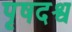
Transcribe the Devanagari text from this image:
पृषदश्व